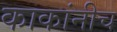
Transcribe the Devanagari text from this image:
काकांनीच